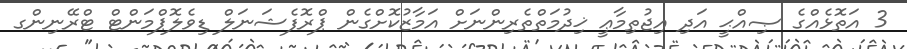
3 އަތޮޅެއްގެ ޞިއްޙީ އަދި އިޖުތިމާޢީ ޚިދުމަތްތެރިންނަށް އަމާޒުކޮށްގެން ޕްރޮފެޝަނަލް ޑިވެލޮޕްމަންޓް ޓްރޭނިންގ